65_HS1-834228961_62-HQ-83894_Section_6
Agency: FBI
Page 154
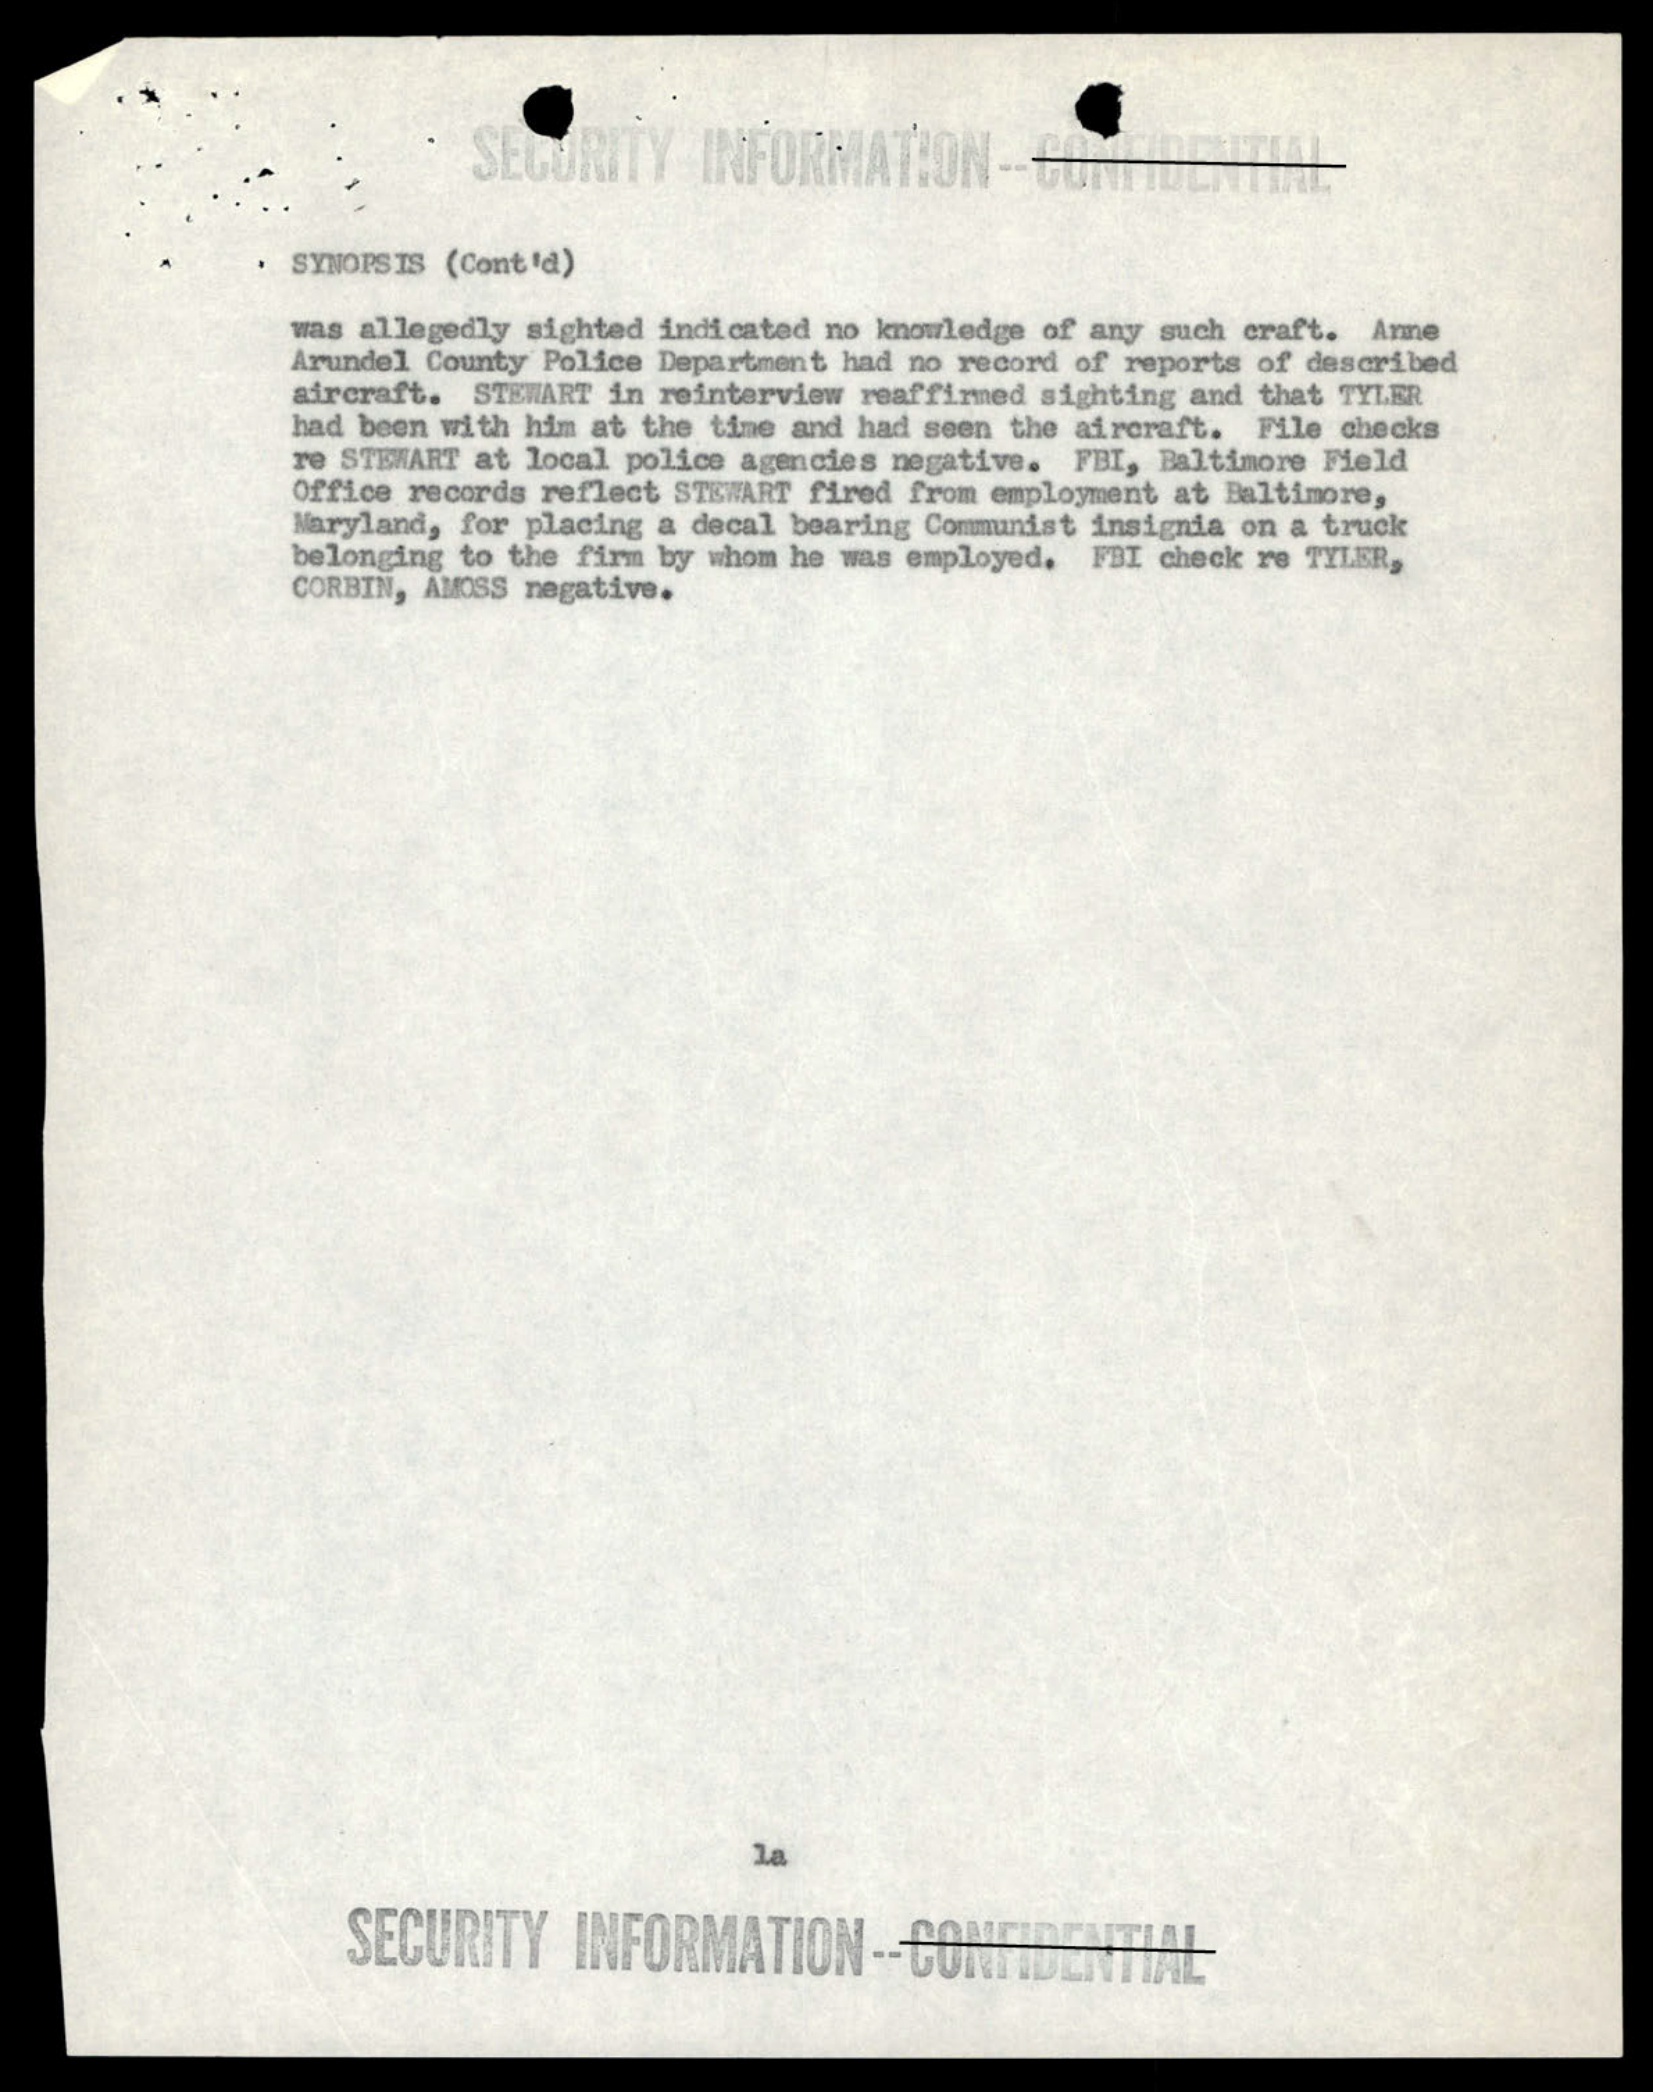